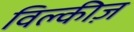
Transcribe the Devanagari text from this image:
विल्कीज़